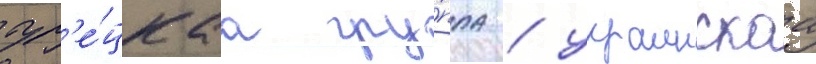
тур'е́цкаа гру́ппа / украинскаа